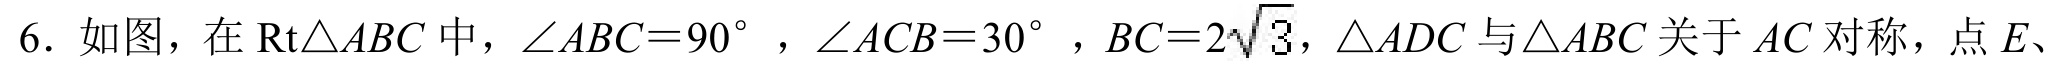
6. 如图，在$\text{Rt}\triangle ABC$中，$\angle ABC = 90^{\circ}$，$\angle ACB = 30^{\circ}$，$BC = 2\sqrt{3}$，$\triangle ADC$与$\triangle ABC$关于$AC$对称，点$E$、